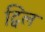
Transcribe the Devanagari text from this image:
ट्विल